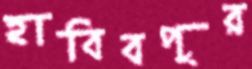
হাবিবপুর